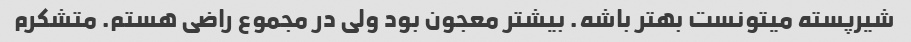
شیرپسته میتونست بهتر باشه. بیشتر معجون بود ولی در مجموع راضی هستم. متشکرم